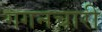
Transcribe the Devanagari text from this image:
गगनचारी